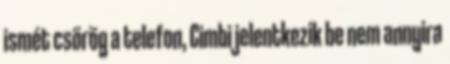
ismét csörög a telefon, Cimbi jelentkezik be nem annyira